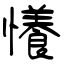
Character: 懩